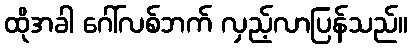
ထိုအခါ ဂေါ်လစ်ဘက် လှည့်လာပြန်သည်။